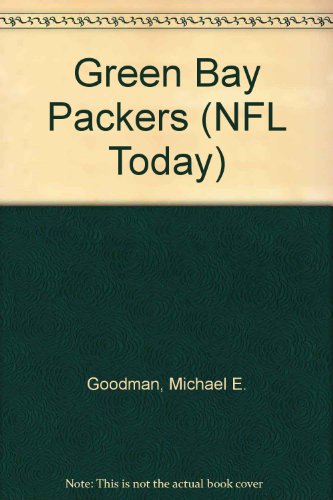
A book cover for Green Bay Packers (NFL Today); Michael E. Goodman; Teen & Young Adult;